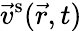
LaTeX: \vec{v}^{\mathrm{s}}(\vec{r},t)